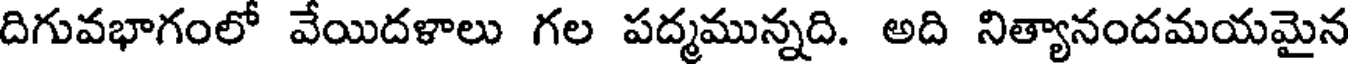
దిగువభాగంలో వేయిదళాలు గల పద్మమున్నది. అది నిత్యానందమయమైన